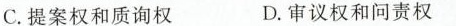
C.提案权和质询权 D.审议权和问责权